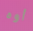
أوه